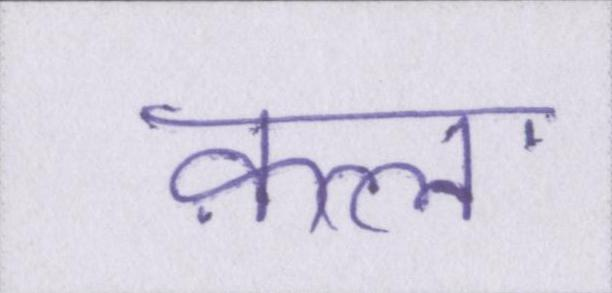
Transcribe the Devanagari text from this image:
क़त्ल